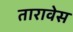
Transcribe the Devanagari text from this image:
तारावेस